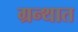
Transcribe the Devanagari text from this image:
ग्रन्थात